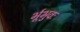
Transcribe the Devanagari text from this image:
र्भूभुवः